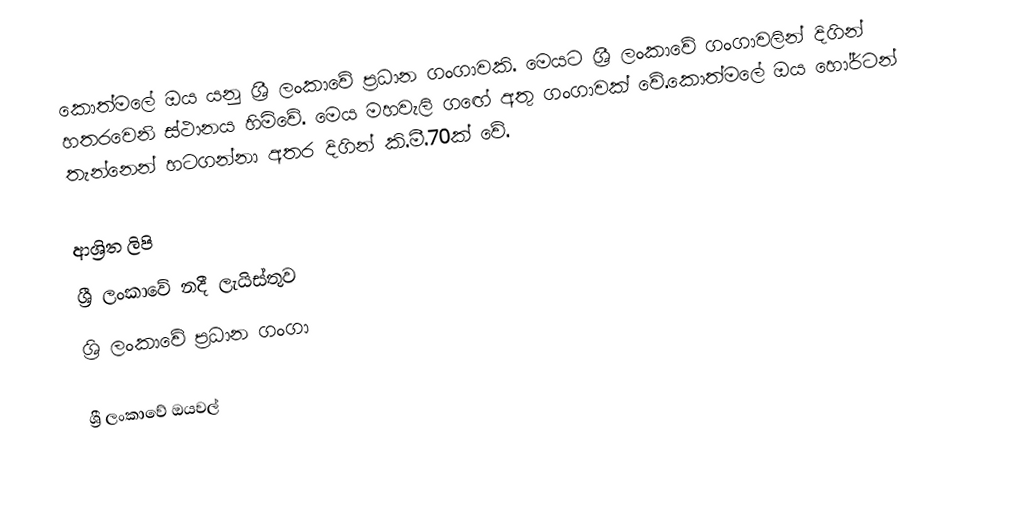
කොත්මලේ ඔය යනු ශ්‍රී ලංකාවේ ප්‍රධාන ගංගාවකි. මෙයට ශ්‍රී ලංකාවේ ගංගාවලින් දිගින් හතරවෙනි ස්ථානය හිමිවේ. මෙය මහවැලි ගඟේ අතු ගංගාවක් වේ.කොත්මලේ ඔය හෝර්ටන් තැන්නෙන් හටගන්නා අතර දිගින් කි.මී.70ක් වේ.

ආශ්‍රිත ලිපි
ශ්‍රී ලංකාවේ නදී ලැයිස්තුව
ශ්‍රි ලංකාවේ ප්‍රධාන ගංගා

ශ්‍රී ලංකාවේ ඔයවල්